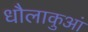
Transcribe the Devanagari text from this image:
धौलाकुआं